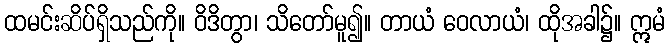
ထမင်းဆိပ်ရှိသည်ကို။ ဝိဒိတွာ၊ သိတော်မူ၍။ တာယံ ဝေလာယံ၊ ထိုအခါ၌။ ဣမံ